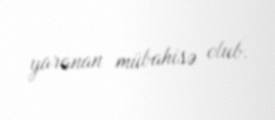
yaranan mübahisə olub.